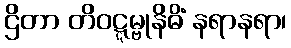
ဌိတာ တိဝဋ္ဋမ္ဗုနိဓိံ နရာနရာ၊